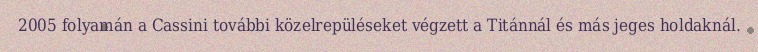
2005 folyamán a Cassini további közelrepüléseket végzett a Titánnál és más jeges holdaknál.